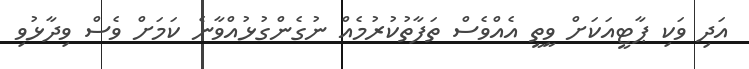
އަދި ވަކި ޕާޓީއަކަށް ވީތީ އެއްވެސް ތަފާތުކުރުމެއް ނުގެންގުޅުއްވާނެ ކަމަށް ވެސް ވިދާޅުވި